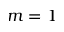
m = 1